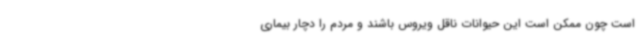
است چون ممکن است این حیوانات ناقل ویروس باشند و مردم را دچار بیماری